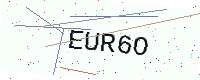
Text: EUR6O